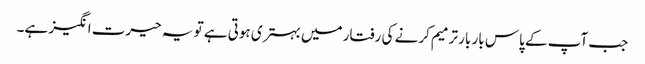
جب آپ کے پاس بار بار ترمیم کرنے کی رفتار میں بہتری ہوتی ہے تو یہ حیرت انگیز ہے۔